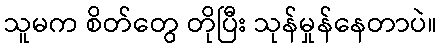
သူမက စိတ်တွေ တိုပြီး သုန်မှုန်နေတာပဲ။